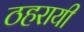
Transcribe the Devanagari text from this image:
ठहरायी